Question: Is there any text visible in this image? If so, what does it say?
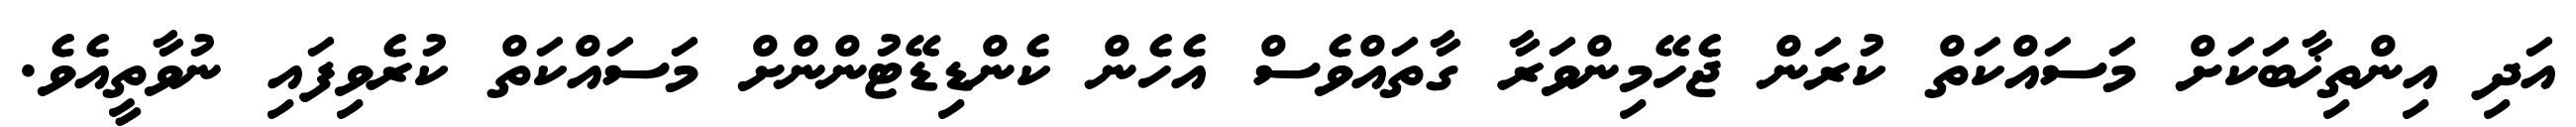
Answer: އަދި އިންތިޚާބަކަށް މަސައްކަތް ކުރަން ޖެހޭމިންވަރާ ގާތައްވެސް އެހެން ކެންޑިޑޭޓުންންށް މަސައްކަތް ކުރެވިފައި ނުވާތީއެވެ.